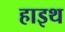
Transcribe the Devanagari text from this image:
हाइथ